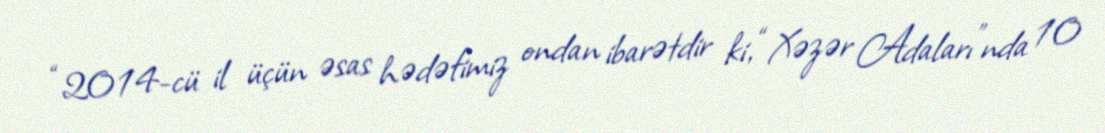
“2014-cü il üçün əsas hədəfimiz ondan ibarətdir ki, “Xəzər Adaları”nda 10